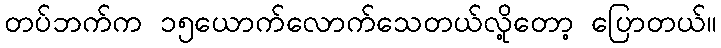
တပ်ဘက်က ၁၅ယောက်လောက်သေတယ်လို့တော့ ပြောတယ်။